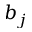
b _ { j }